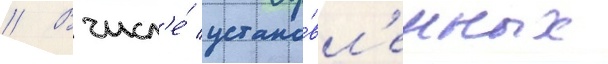
// В числ'е́ устано́вл'енных